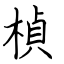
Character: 楨